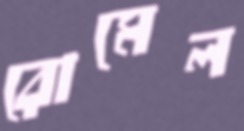
রোমেল